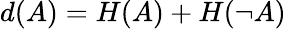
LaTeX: d(A)=H(A)+H(\neg{A})